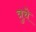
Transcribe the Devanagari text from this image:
त्रुचे